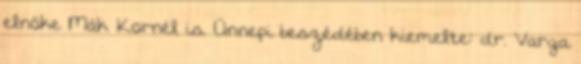
elnöke Mák Kornél is. Ünnepi beszédében kiemelte: dr. Varga